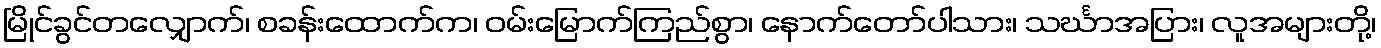
မြိုင်ခွင်တလျှောက်၊ စခန်းထောက်က၊ ဝမ်းမြောက်ကြည်စွာ၊ နောက်တော်ပါသား၊ သင်္ဃာအပြား၊ လူအများတို့၊